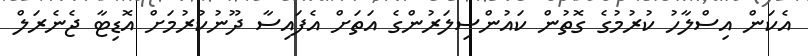
އެކަން އިސްލާހު ކުރުމުގެ ގޮތުން ކައުންސިލަރުންގެ އަތަށް އެފައިސާ ދޫނުކުރުމަށް އޮޑިޓާ ޖެނެރަލް